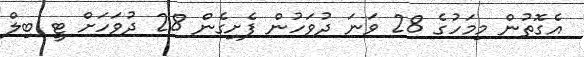
އެގޮތުން މިމަހުގެ 28 ވަނަ ދުވަހުން ފެށިގެން 28 ދުވަހަށް ޓީ ބިލް